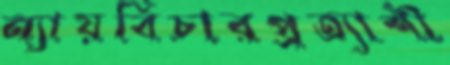
ন্যায়বিচারপ্রত্যাশী